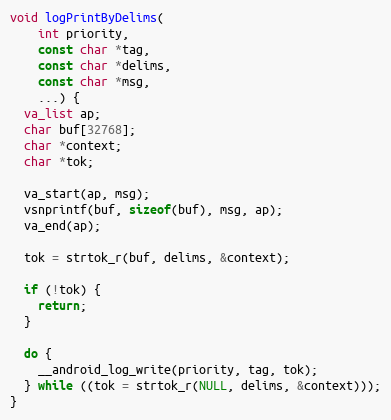
Language: C++
void logPrintByDelims(
    int priority,
    const char *tag,
    const char *delims,
    const char *msg,
    ...) {
  va_list ap;
  char buf[32768];
  char *context;
  char *tok;

  va_start(ap, msg);
  vsnprintf(buf, sizeof(buf), msg, ap);
  va_end(ap);

  tok = strtok_r(buf, delims, &context);

  if (!tok) {
    return;
  }

  do {
    __android_log_write(priority, tag, tok);
  } while ((tok = strtok_r(NULL, delims, &context)));
}